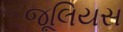
જૂલિયસ